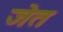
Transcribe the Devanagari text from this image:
जेत